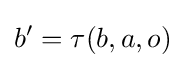
b'=\tau (b,a,o)